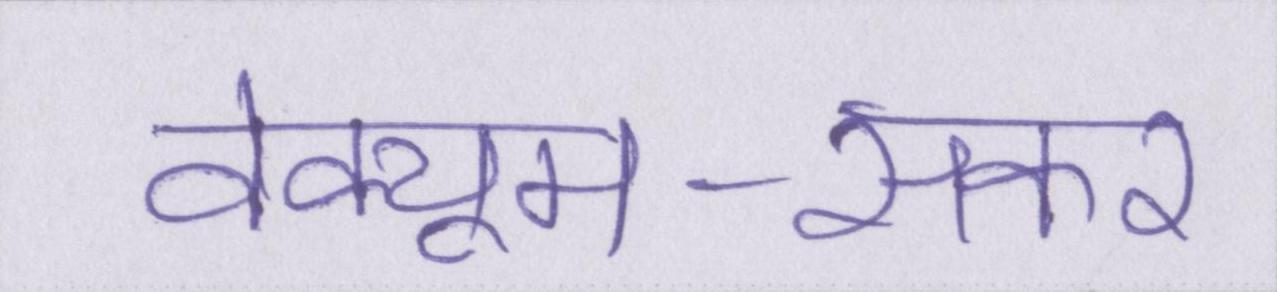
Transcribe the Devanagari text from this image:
वेक्यूम-सकर